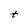
Character: t